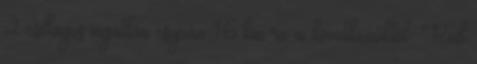
2 csillagos ingatlan csupán 1.6 km-re a következőktől: Red